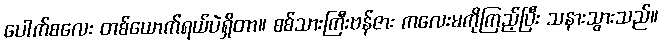
ပေါက်စလေး တစ်ယောက်ရယ်ပဲရှိတာ။ စစ်သားကြီးဗန်ဇား ကလေးမကိုကြည့်ပြီး သနားသွားသည်။